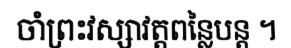
ចាំព្រះវស្សាវត្តពន្លៃបន្ត ។